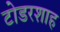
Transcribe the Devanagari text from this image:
टोडरशाह